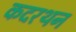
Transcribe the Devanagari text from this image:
कदरथन